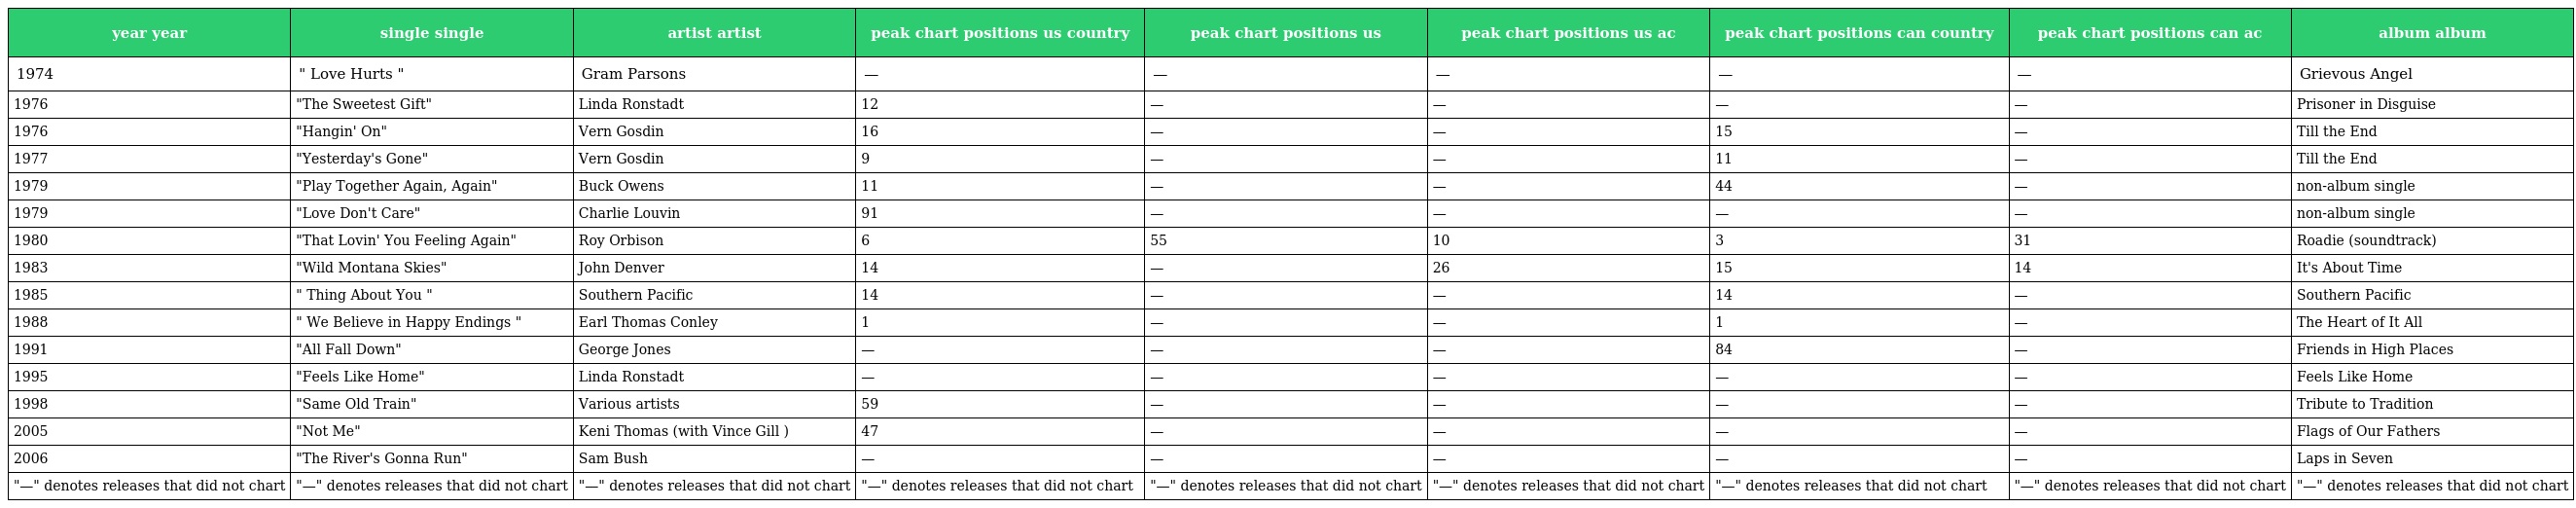
| year year | single single | artist artist | peak chart positions us country | peak chart positions us | peak chart positions us ac | peak chart positions can country | peak chart positions can ac | album album |
 | --- | --- | --- | --- | --- | --- | --- | --- | --- |
 | 1974 | " Love Hurts " | Gram Parsons | — | — | — | — | — | Grievous Angel |
 | 1976 | "The Sweetest Gift" | Linda Ronstadt | 12 | — | — | — | — | Prisoner in Disguise |
 | 1976 | "Hangin' On" | Vern Gosdin | 16 | — | — | 15 | — | Till the End |
 | 1977 | "Yesterday's Gone" | Vern Gosdin | 9 | — | — | 11 | — | Till the End |
 | 1979 | "Play Together Again, Again" | Buck Owens | 11 | — | — | 44 | — | non-album single |
 | 1979 | "Love Don't Care" | Charlie Louvin | 91 | — | — | — | — | non-album single |
 | 1980 | "That Lovin' You Feeling Again" | Roy Orbison | 6 | 55 | 10 | 3 | 31 | Roadie (soundtrack) |
 | 1983 | "Wild Montana Skies" | John Denver | 14 | — | 26 | 15 | 14 | It's About Time |
 | 1985 | " Thing About You " | Southern Pacific | 14 | — | — | 14 | — | Southern Pacific |
 | 1988 | " We Believe in Happy Endings " | Earl Thomas Conley | 1 | — | — | 1 | — | The Heart of It All |
 | 1991 | "All Fall Down" | George Jones | — | — | — | 84 | — | Friends in High Places |
 | 1995 | "Feels Like Home" | Linda Ronstadt | — | — | — | — | — | Feels Like Home |
 | 1998 | "Same Old Train" | Various artists | 59 | — | — | — | — | Tribute to Tradition |
 | 2005 | "Not Me" | Keni Thomas (with Vince Gill ) | 47 | — | — | — | — | Flags of Our Fathers |
 | 2006 | "The River's Gonna Run" | Sam Bush | — | — | — | — | — | Laps in Seven |
 | "—" denotes releases that did not chart | "—" denotes releases that did not chart | "—" denotes releases that did not chart | "—" denotes releases that did not chart | "—" denotes releases that did not chart | "—" denotes releases that did not chart | "—" denotes releases that did not chart | "—" denotes releases that did not chart | "—" denotes releases that did not chart |